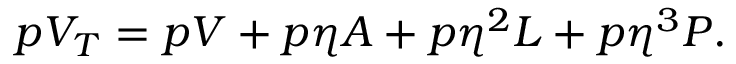
p V _ { T } = p V + p \eta A + p \eta ^ { 2 } L + p \eta ^ { 3 } P .